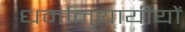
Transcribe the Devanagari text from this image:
धर्मानुयायीयों